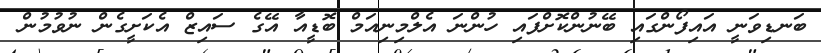
ބަނޑިވަނީ އައިފޯންގައި ބޭނުންކޮށްފައި ހުންނަ އެލްމިނިއަމް ބޮޑީއާ އޭގެ ސައިޒް އެކަށީގެން ނުވުމުން